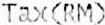
TAX(RM)